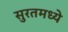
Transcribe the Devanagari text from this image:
सुरतमध्ये